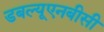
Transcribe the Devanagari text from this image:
डबल्यूएनबीसी